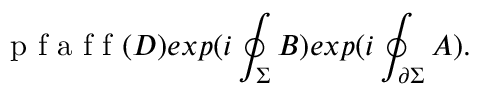
\textup { p f a f f } ( D ) e x p ( i \oint _ { \Sigma } B ) e x p ( i \oint _ { \partial \Sigma } A ) .